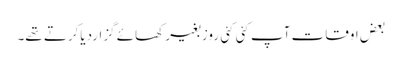
بعض اوقات آپ کئی کئی روز بغیر کھائے گزاردیاکرتے تھے۔